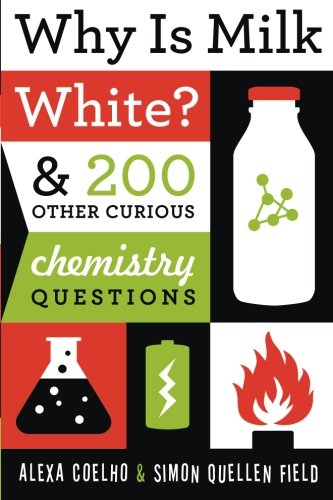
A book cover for Why Is Milk White?: & 200 Other Curious Chemistry Questions; Alexa Coelho; Children's Books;